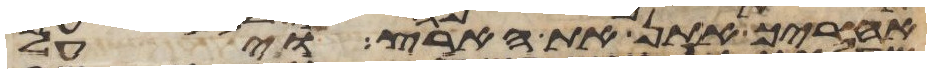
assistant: אחריך אתן את הארץ ויעל